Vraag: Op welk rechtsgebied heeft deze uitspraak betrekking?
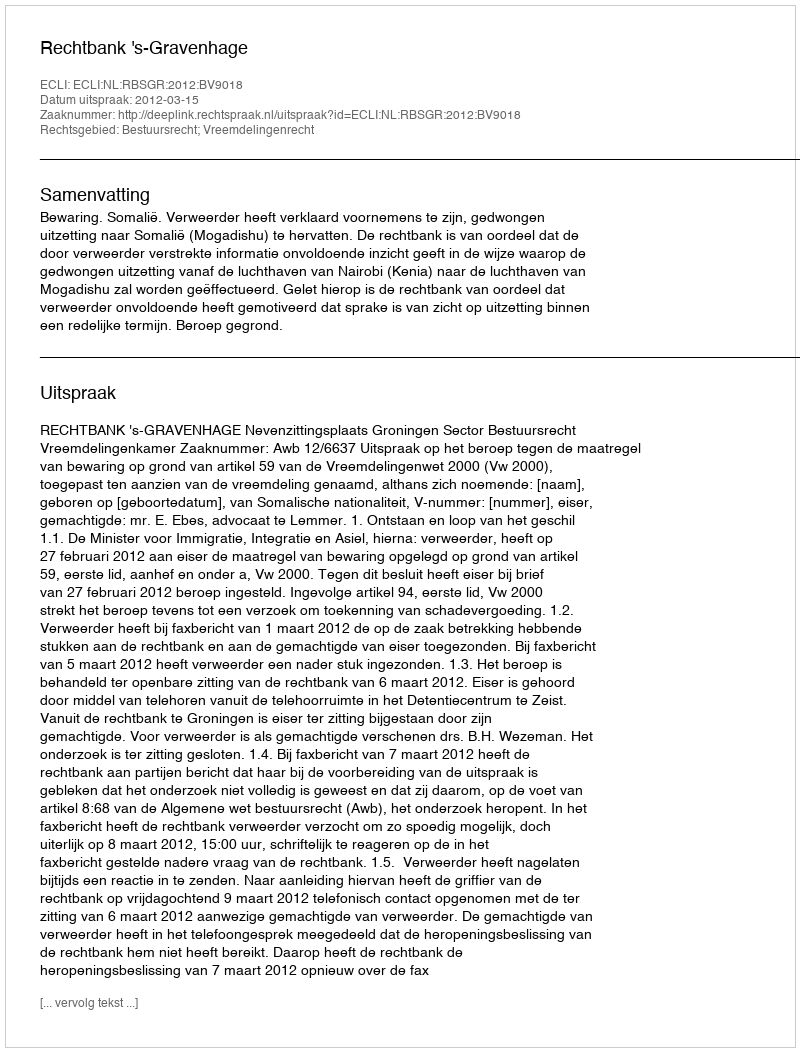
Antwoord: Bestuursrecht; Vreemdelingenrecht